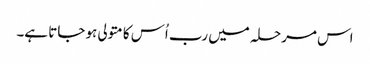
اس مرحلہ میں رب اُس کا متولی ہو جاتا ہے۔